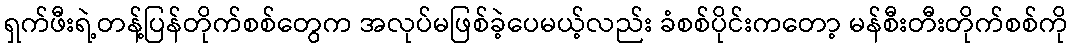
ရှက်ဖီးရဲ့တန့်ပြန်တိုက်စစ်တွေက အလုပ်မဖြစ်ခဲ့ပေမယ့်လည်း ခံစစ်ပိုင်းကတော့ မန်စီးတီးတိုက်စစ်ကို